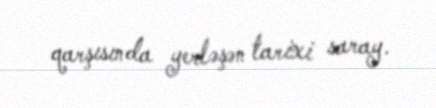
qarşısında yerləşən tarixi saray.